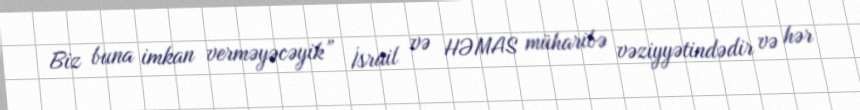
Biz buna imkan verməyəcəyik” İsrail və HƏMAS müharibə vəziyyətindədir və hər